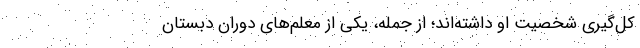
کل‌گیری شخصیت او داشته‌اند؛ از جمله، یکی از معلم‌های دوران دبستان